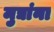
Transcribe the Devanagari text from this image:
मुद्यांना